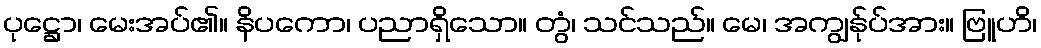
ပုဋ္ဌော၊ မေးအပ်၏။ နိပကော၊ ပညာရှိသော။ တွံ၊ သင်သည်။ မေ၊ အကျွန်ုပ်အား။ ဗြူဟိ၊